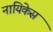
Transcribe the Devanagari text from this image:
नायिकेस